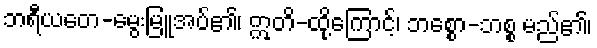
ဘရီယတေ-မွေးမြူအပ်၏၊ ဣတိ-ထို့ကြောင့်၊ ဘစ္စော-ဘစ္စ မည်၏၊